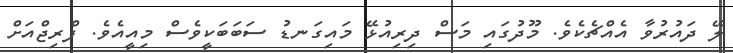
ލޭ ދައުރުވާ އެއްޗެކެވެ. މޫދުގައި މަސް ދިރިއުޅޭ މައިގަނޑު ސަބަބަކީވެސް މިއީއެވެ. ފްރިޖްއަށް